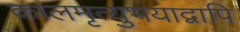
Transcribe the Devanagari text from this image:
कालमृत्युभयाद्वापि